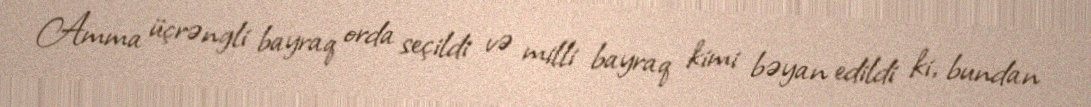
Amma üçrəngli bayraq orda seçildi və milli bayraq kimi bəyan edildi ki, bundan